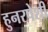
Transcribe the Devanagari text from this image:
हुनरपेशी